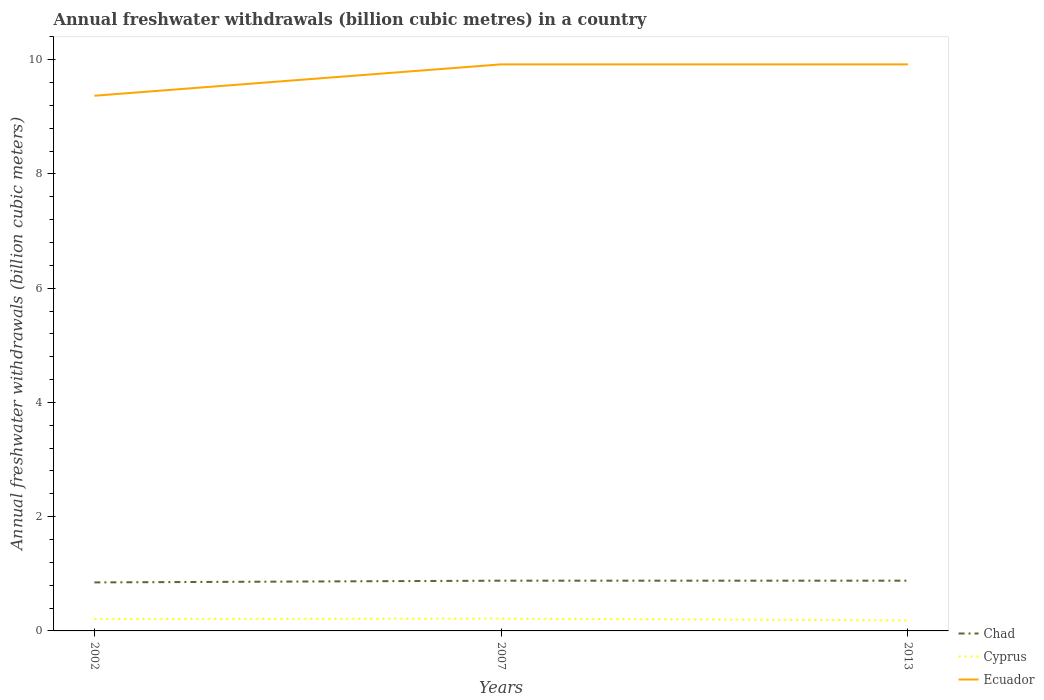
| Years | Chad | Cyprus | Ecuador |
 | --- | --- | --- | --- |
 | 2002 | 0.849 | 0.21 | 9.37 |
 | 2007 | 0.88 | 0.216 | 9.92 |
 | 2013 | 0.88 | 0.184 | 9.92 |